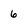
Character: 6